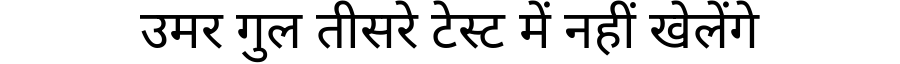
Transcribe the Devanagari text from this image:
उमर गुल तीसरे टेस्ट में नहीं खेलेंगे